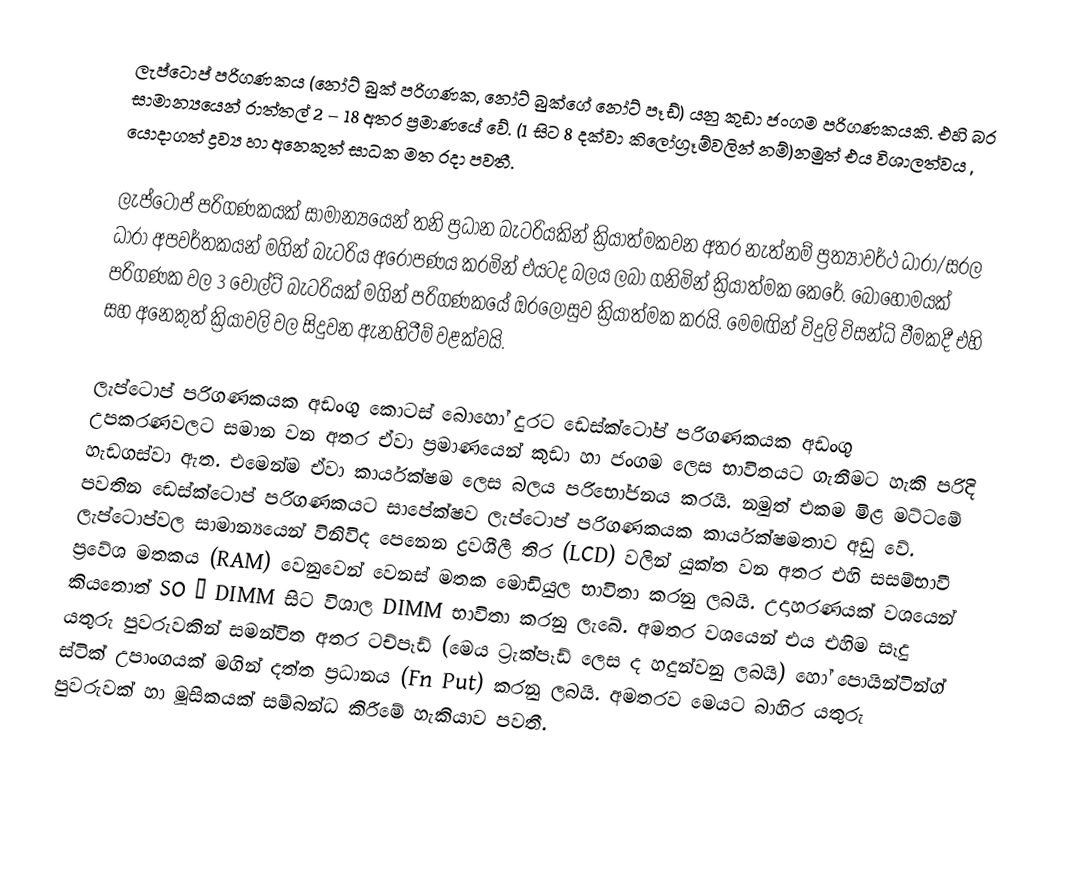
ලැප්ටොප් පරිගණකය (නෝට් බුක් පරිගණක, නෝට් බුක්ගේ නෝට් පෑඩ්) යනු කුඩා ජංගම පරිගණකයකි. එහි බර සාමාන්‍යයෙන් රාත්තල් 2 – 18 අතර ප්‍රමාණයේ වේ. (1 සිට 8 දක්වා කිලෝග්‍රෑම්වලින් නම්)නමුත් එය විශාලත්වය , යොදාගත් ද්‍රව්‍ය හා අනෙකුත් සාධක මත රදා පවතී.

ලැප්ටොප් පරිගණකයක් සාමාන්‍යයෙන් තනි ප්‍රධාන බැටරියකින් ක්‍රියාත්මකවන අතර නැත්නම් ප්‍රත්‍යාවර්ථ ධාරා/සරල ධාරා අපවර්තකයන් මගින් බැටරිය අරෝපණය කරමින් එයටද බලය ලබා ගනිමින් ක්‍රියාත්මක කෙරේ. බොහෝමයක් පරිගණක වල 3 වෝල්ට් බැටරියක් මගින් පරිගණකයේ ඔරලෝසුව ක්‍රියාත්මක කරයි. මෙමඟින් විදුලි විසන්ධි වීමකදී එහි සහ අනෙකුත් ක්‍රියාවලි වල සිදුවන ඇනහිටීම් වළක්වයි.

ලැප්ටොප් පරිගණකයක අඩංගු කොටස් බොහෝ දුරට ඩෙස්ක්ටෝප් පරිගණකයක අඩංගු උපකරණවලට සමාන වන අතර ඒවා ප්‍රමාණයෙන් කුඩා හා ජංගම ලෙස භාවිතයට ගැනීමට හැකි පරිදි හැඩගස්වා ඇත. එමෙන්ම ඒවා කාර්යක්ෂම ලෙස බලය පරිභෝජනය කරයි. නමුත් එකම මිළ මට්ටමේ පවතින ඩෙස්ක්ටොප් පරිගණකයට සාපේක්ෂව ලැප්ටොප් පරිගණකයක කාර්යක්ෂමතාව අඩු‍ වේ. ලැප්ටොප්වල සාමාන්‍යයෙන් විනිවිද පෙනෙන ද්‍රවශීලී තිර (LCD) වලින් යුක්ත වන අතර එහි සසම්භාවී ප්‍රවේශ මතකය (RAM) වෙනුවෙන් වෙනස්  මතක මොඩියුල භාවිතා කරනු ලබයි.  උදාහරණයක් වශයෙන් කියතොත් SO – DIMM සිට විශාල DIMM භාවිතා කරනු ලැබේ. අමතර වශයෙන් එය එහිම සෑදු යතුරු පුවරුවකින් සමන්විත අතර ටච්පෑඩ් (මෙය ට්‍රැක්පෑඩ් ලෙස ද හදුන්වනු ලබයි) හෝ පොයින්ටින්ග් ස්ටික් උපාංගයක් මගින් දත්ත ප්‍රධානය (Fn Put) කරනු ලබයි. අමතරව මෙයට බාහිර යතුරු පුවරුවක් හා මූසිකයක් සම්බන්ධ කිරීමේ හැකියාව පවතී.